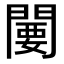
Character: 闄